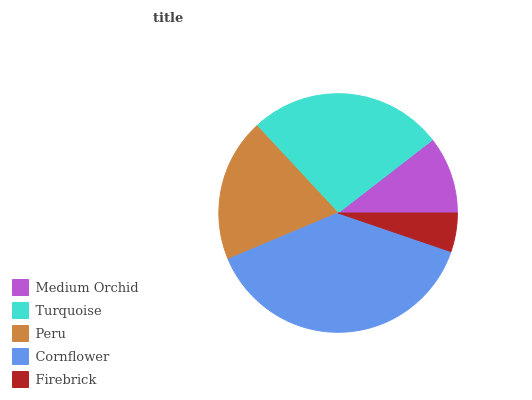
| Medium Orchid | Turquoise | Peru | Cornflower | Firebrick |
 | --- | --- | --- | --- | --- |
 | 10.5% | 26.4% | 19.4% | 38.4% | 5.24% |